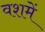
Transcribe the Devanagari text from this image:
वशमें